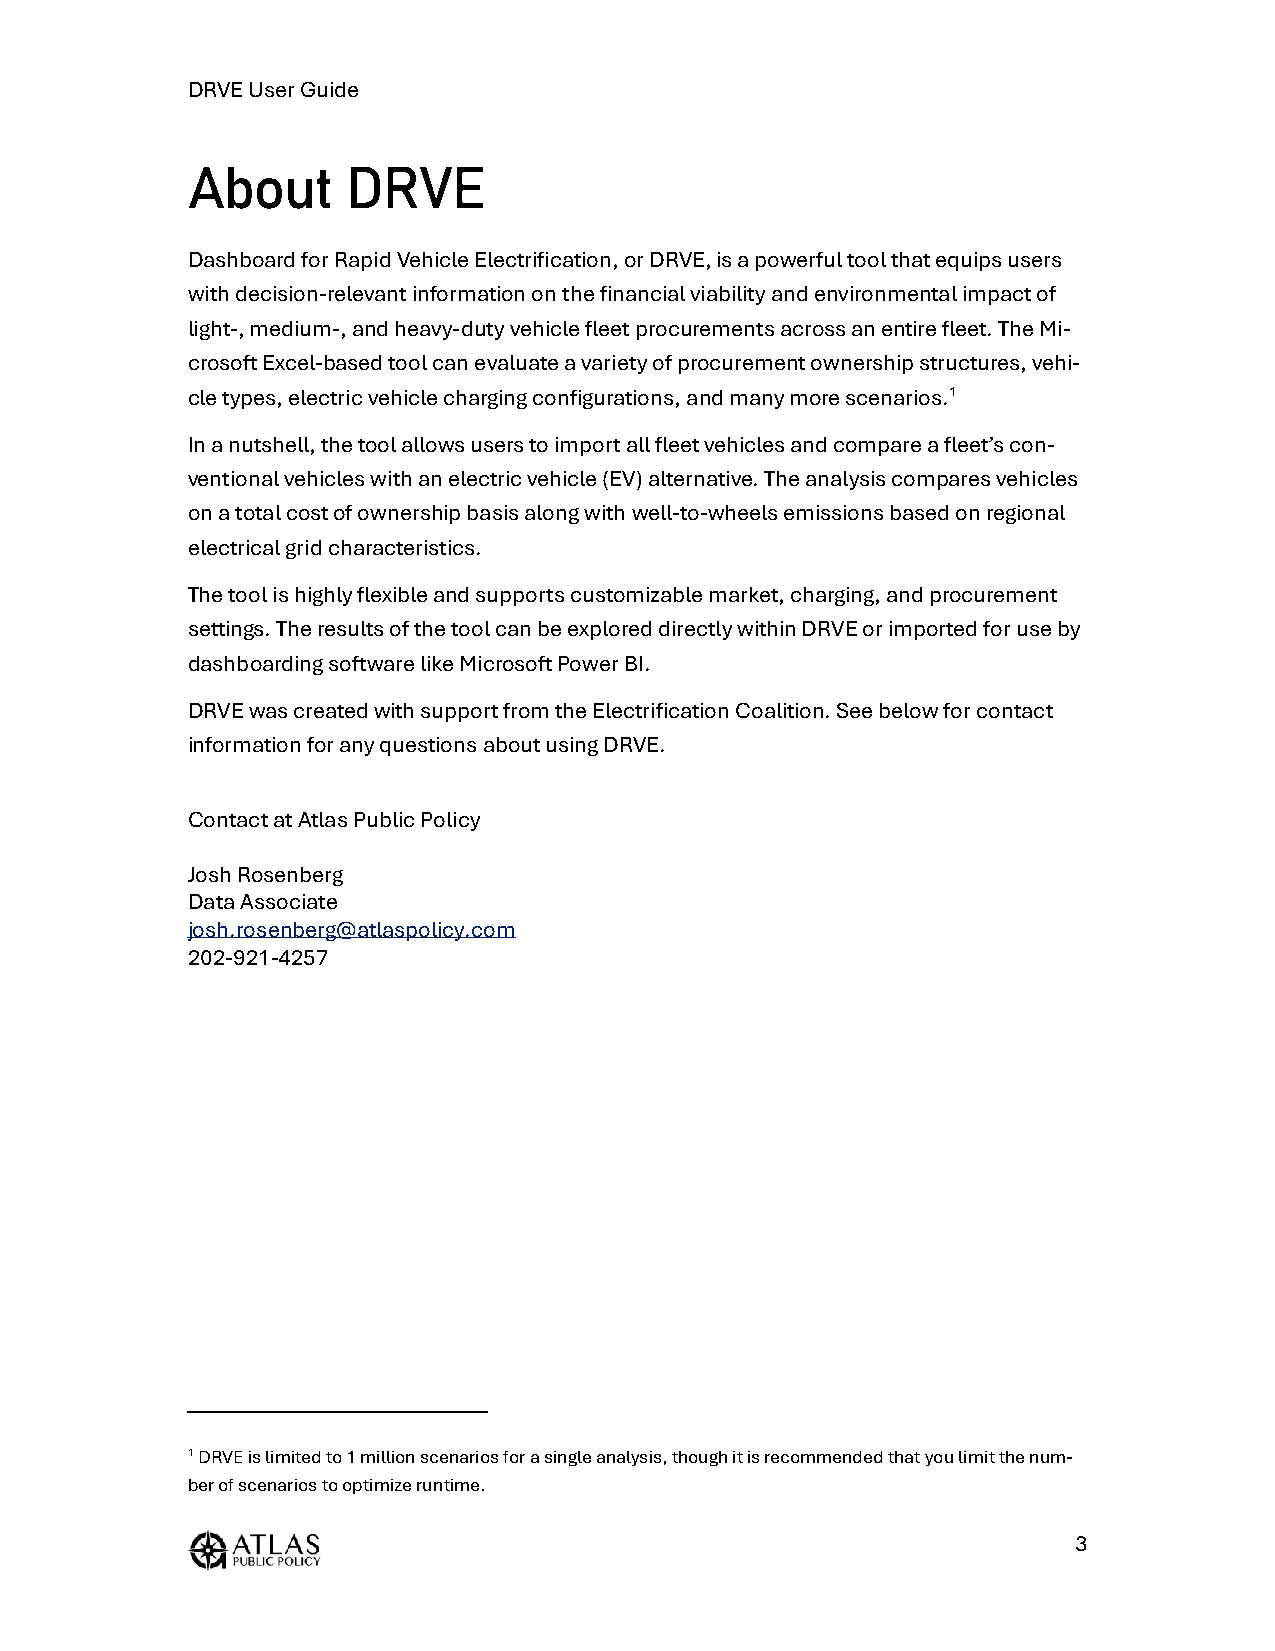
DRVE User Guide
 About      DRVE
 Dashboard for Rapid Vehicle Electrification, or DRVE, is a powerful tool that equips users
 with decision-relevant information on the financial viability and environmental impact of
 light-, medium-, and heavy-duty vehicle fleet procurements across an entire fleet. The Mi-
 crosoft Excel-based tool can evaluate a variety of procurement ownership structures, vehi-
 cle types, electric vehicle charging configurations, and many more scenarios.1
 In a nutshell, the tool allows users to import all fleet vehicles and compare a fleet’s con-
 ventional vehicles with an electric vehicle (EV) alternative. The analysis compares vehicles
 on a total cost of ownership basis along with well-to-wheels emissions based on regional
 electrical grid characteristics.
 The tool is highly flexible and supports customizable market, charging, and procurement
 settings. The results of the tool can be explored directly within DRVE or imported for use by
 dashboarding software like Microsoft Power BI.
 DRVE was created with support from the Electrification Coalition. See below for contact
 information for any questions about using DRVE.
 Contact at Atlas Public Policy
 Josh Rosenberg
 Data Associate
 josh.rosenberg@atlaspolicy.com
 202-921-4257
 1 DRVE is limited to 1 million scenarios for a single analysis, though it is recommended that you limit the num-
 ber of scenarios to optimize runtime.
 3